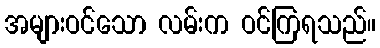
အများဝင်သော လမ်းက ဝင်ကြရသည်။